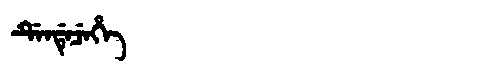
Manchu: ᡩᡝᠨᡩᡝᠴᡝᡥᡝ
Romanization: DENDECEHE